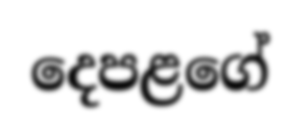
දෙපළගේ